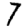
Digit: 7